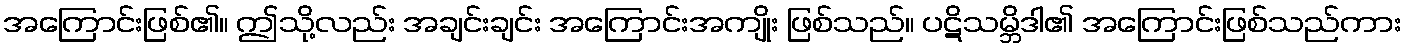
အကြောင်းဖြစ်၏။ ဤသို့လည်း အချင်းချင်း အကြောင်းအကျိုး ဖြစ်သည်။ ပဋိသမ္ဘိဒါ၏ အကြောင်းဖြစ်သည်ကား